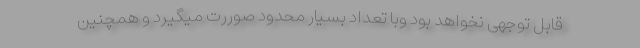
قابل توجهی نخواهد بود وبا تعداد بسیار محدود صوررت میگیرد و همچنین